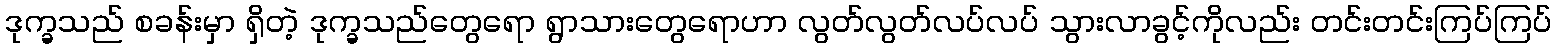
ဒုက္ခသည် စခန်းမှာ ရှိတဲ့ ဒုက္ခသည်တွေရော ရွာသားတွေရောဟာ လွတ်လွတ်လပ်လပ် သွားလာခွင့်ကိုလည်း တင်းတင်းကြပ်ကြပ်